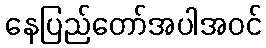
နေပြည်တော်အပါအဝင်